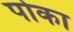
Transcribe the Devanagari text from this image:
पोका